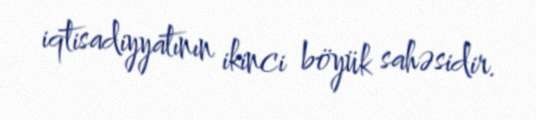
iqtisadiyyatının ikinci böyük sahəsidir.